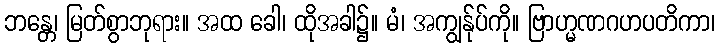
ဘန္တေ၊ မြတ်စွာဘုရား။ အထ ခေါ၊ ထိုအခါ၌။ မံ၊ အကျွန်ုပ်ကို။ ဗြာဟ္မဏဂဟပတိကာ၊